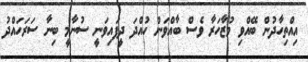
އިއްތިހާދުން ބޭއްވި މުޒާހަރާ ވެސް ބާއްވަން ހުއްދަ ދީފައިވަނީ ސުނާމީ ބިނާ ސަރަހައްދު